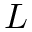
L